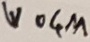
Text: W04M